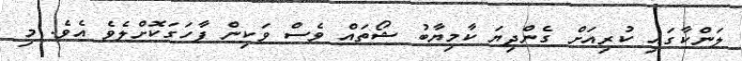
ލަންކާގައި ކުރިއަށް ގެންދިޔަ ކާމިޔާބު ޝޯތައް ވެސް ވަކިން ފާހަގަކޮށްލެވެ އެވެ. މި